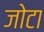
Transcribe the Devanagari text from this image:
जोटा